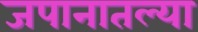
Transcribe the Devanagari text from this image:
जपानातल्या